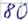
Text: 80